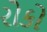
રોકો